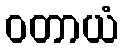
ဝတာယံ